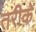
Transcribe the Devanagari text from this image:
तरीक़ें